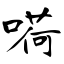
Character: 嗬